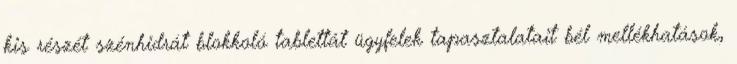
kis részét szénhidrát blokkoló tablettát ügyfelek tapasztalatait bél mellékhatások,